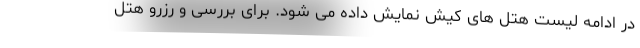
در ادامه لیست هتل های کیش نمایش داده می شود. برای بررسی و رزرو هتل